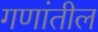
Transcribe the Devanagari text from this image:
गणांतील